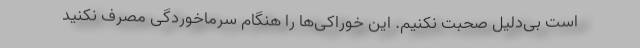
است بی‌دلیل صحبت نکنیم. این خوراکی‌ها را هنگام سرماخوردگی مصرف نکنید